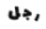
رجل